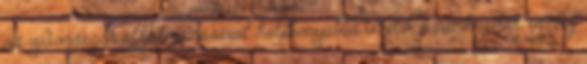
az újdonságok alkalmazásával hatékonyabbá tehetik a munkájukat, és még